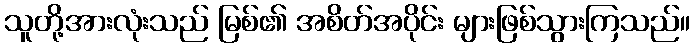
သူတို့အားလုံးသည် မြစ်၏ အစိတ်အပိုင်း များဖြစ်သွားကြသည်။